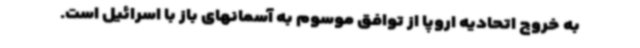
به خروج اتحادیه اروپا از توافق موسوم به آسمانهای باز با اسرائیل است.